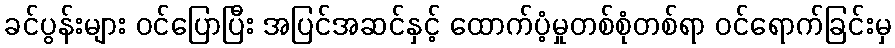
ခင်ပွန်းများ ဝင်ပြောပြီး အပြင်အဆင်နှင့် ထောက်ပံ့မှုတစ်စုံတစ်ရာ ဝင်ရောက်ခြင်းမှ